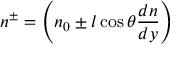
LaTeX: \quad n ^ { \pm } = \left( n _ { 0 } \pm l \cos \theta { \frac { d n } { d y } } \right)